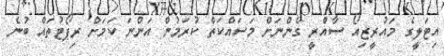
އިޓަލީގެ މައުރީޒިއޯ ސާއްރީ ގެންނަށް މަސައްކަތް ކުރަމުން އަންނަ ކަމަށް ރިޕޯޓުތައް ބުނެ